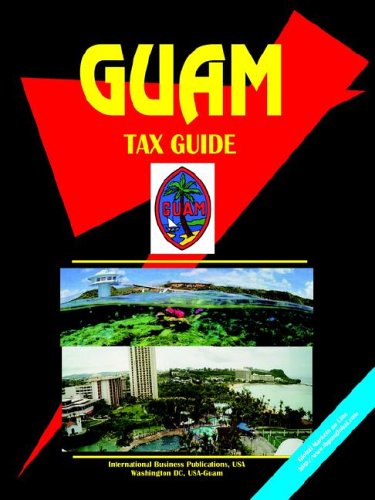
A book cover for Guam Tax Guide (World Business, Investment and Government Library); Usa Ibp; Travel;